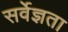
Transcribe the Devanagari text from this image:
सर्वेज्ञता